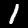
Digit: 1